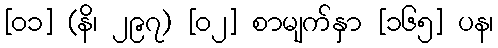
[၀၁] (နိ၊ ၂၉၇) [၀၂] စာမျက်နှာ [၁၆၅] ပန၊